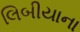
લિબીયાના